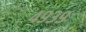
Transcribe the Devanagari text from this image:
४९३९